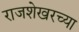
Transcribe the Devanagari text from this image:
राजशेखरच्या